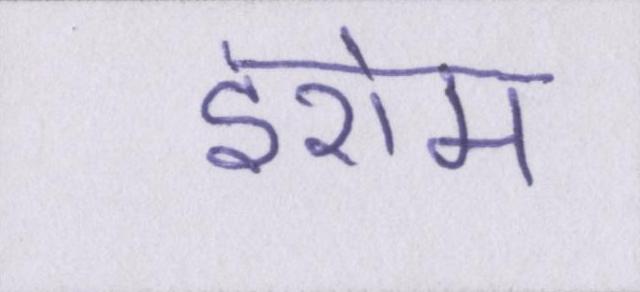
इरोम